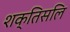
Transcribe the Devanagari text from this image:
शक्तिसलि